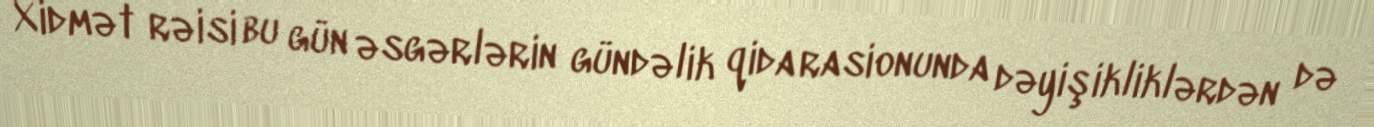
Xidmət rəisi bu gün əsgərlərin gündəlik qida rasionunda dəyişikliklərdən də